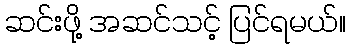
ဆင်းဖို့ အဆင်သင့် ပြင်ရမယ်။